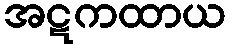
အဋကထာယ